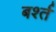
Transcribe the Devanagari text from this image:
बर्श्त